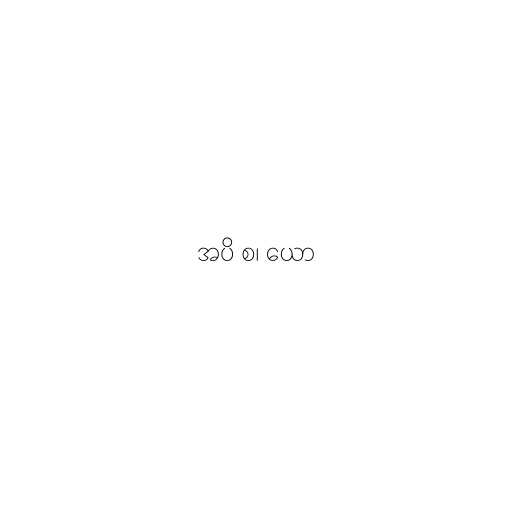
အပိ စ၊ ယော